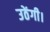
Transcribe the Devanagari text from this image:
उठेंगी।